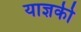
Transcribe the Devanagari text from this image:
याज्ञकी